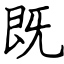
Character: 既